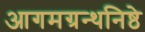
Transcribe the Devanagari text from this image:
आगमग्रन्थनिष्ठे